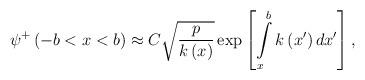
LaTeX: \begin{align*}\psi ^{+}\left( -b<x<b\right) \approx C\sqrt{\frac p{k\left(x\right) }}\exp \left[ \int\limits_x^bk\left( x^{\prime }\right) dx^{\prime}\right] ,\end{align*}